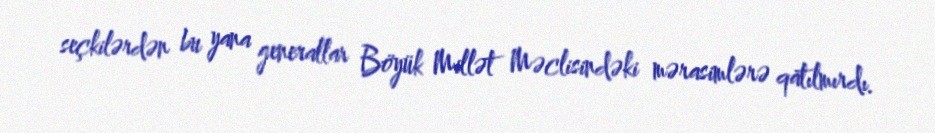
seçkilərdən bu yana generallar Böyük Millət Məclisindəki mərasimlərə qatılmırdı.